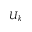
U _ { k }